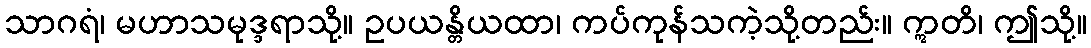
သာဂရံ၊ မဟာသမုဒ္ဒရာသို့။ ဥပယန္တိယထာ၊ ကပ်ကုန်သကဲ့သို့တည်း။ ဣတိ၊ ဤသို့။